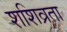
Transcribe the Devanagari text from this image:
शशिव्रता